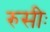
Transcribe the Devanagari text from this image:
रुसीः